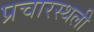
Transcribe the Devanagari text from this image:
प्रचारस्‍थली